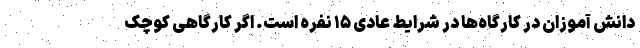
دانش آموزان در کارگاه‌ها در شرایط عادی ۱۵ نفره است. اگر کارگاهی کوچک